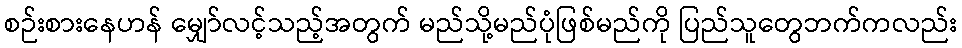
စဉ်းစားနေဟန် မျှော်လင့်သည့်အတွက် မည်သို့မည်ပုံဖြစ်မည်ကို ပြည်သူတွေဘက်ကလည်း